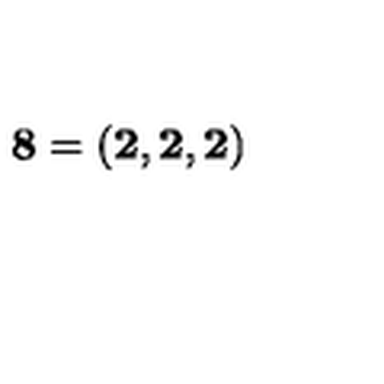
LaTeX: { \bf 8 } = \left( { \bf 2 } , { \bf 2 } , { \bf 2 } \right)